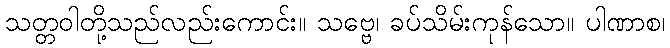
သတ္တဝါတို့သည်လည်းကောင်း။ သဗ္ဗေ၊ ခပ်သိမ်းကုန်သော။ ပါဏာစ၊